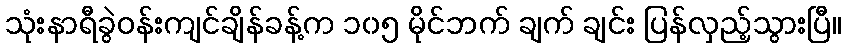
သုံးနာရီခွဲဝန်းကျင်ချိန်ခန့်က ၁၀၅ မိုင်ဘက် ချက် ချင်း ပြန်လှည့်သွားပြီ။